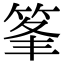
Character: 𥭗